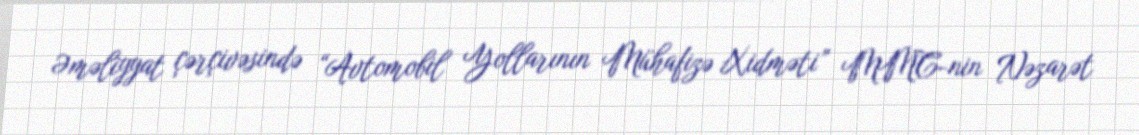
Əməliyyat çərçivəsində “Avtomobil Yollarının Mühafizə Xidməti” MMC-nin Nəzarət